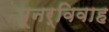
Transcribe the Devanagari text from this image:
पूनर्विवाह